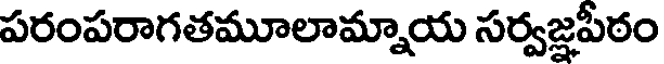
పరంపరాగతమూలామ్నాయ సర్వజ్ఞపీఠం